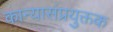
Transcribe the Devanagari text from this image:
कान्यासंप्रयुक्तक